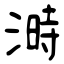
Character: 溡